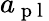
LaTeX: a_{\mathrm{~p~l~}}